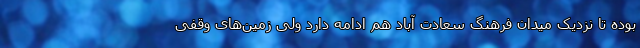
بوده تا نزدیک میدان فرهنگ سعادت آباد هم ادامه دارد ولی زمین‌های وقفی